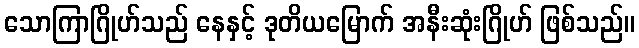
သောကြာဂြိုဟ်သည် နေနှင့် ဒုတိယမြောက် အနီးဆုံးဂြိုဟ် ဖြစ်သည်။